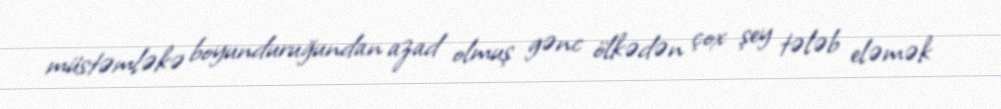
müstəmləkə boyunduruğundan azad olmuş gənc ölkədən çox şey tələb eləmək